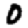
Digit: 0